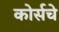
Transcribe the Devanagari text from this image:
कोर्सचे